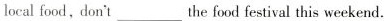
local food,don't___the food festival this weekend.